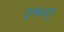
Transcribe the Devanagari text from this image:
२१०ए